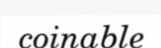
coinable